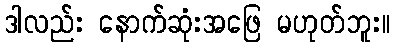
ဒါလည်း နောက်ဆုံးအဖြေ မဟုတ်ဘူး။